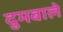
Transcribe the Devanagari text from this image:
दुमबाले